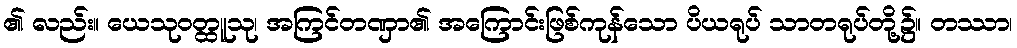
၏ လည်း။ ယေသုဝတ္ထူသု၊ အကြင်တဏှာ၏ အကြောင်းဖြစ်ကုန်သော ပိယရုပ် သာတရုပ်တို့၌။ တဿာ၊